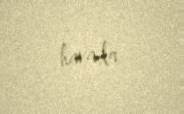
havada.